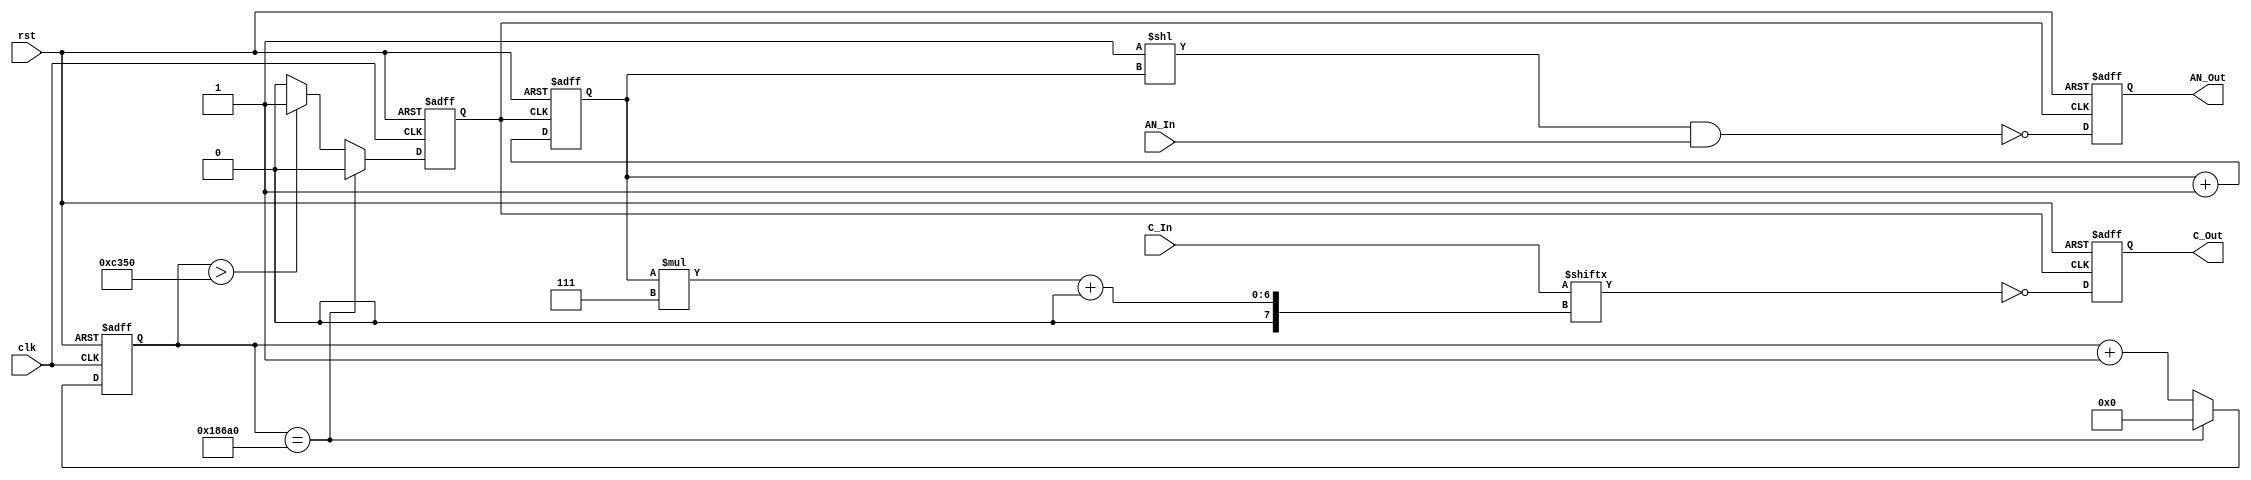
`timescale 1ns / 1ps

module SevenSegmentLED(clk,rst,AN_In,C_In,AN_Out,C_Out);

input clk,rst;
input [55:0] C_In;
input [7:0] AN_In;
output reg [7:0] AN_Out;
output reg [6:0] C_Out;

reg [2:0] LEDCounter;

reg [16:0] clkCounter;
reg slowClk;
parameter TOGGLE = 17'd100000;

always @ (posedge slowClk or posedge rst)
begin
    if(rst)
    begin
        AN_Out <= 0;
        C_Out <= 0;
        LEDCounter <= 0;
    end
    else
    begin
        LEDCounter <= LEDCounter + 1;
        AN_Out <= ~((8'd1 << LEDCounter)&AN_In);
        C_Out <= ~C_In[LEDCounter*7+:7];
    end
end

always @ (posedge clk or posedge rst)
begin
    if(rst)
    begin
        clkCounter <= 0;
        slowClk <= 0;
    end
    else
    begin
        if(clkCounter == TOGGLE)
        begin
            slowClk <= 0;
            clkCounter <= 0;
        end
        else if(clkCounter > TOGGLE/2)
        begin
            slowClk <= 1;
            clkCounter <= clkCounter + 1;
        end
        else
        begin
            slowClk <= 0;
            clkCounter <= clkCounter + 1;
        end
    end
end

endmodule